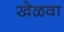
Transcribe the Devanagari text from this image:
खेळवा